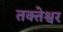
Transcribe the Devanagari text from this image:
तक्तेश्वर